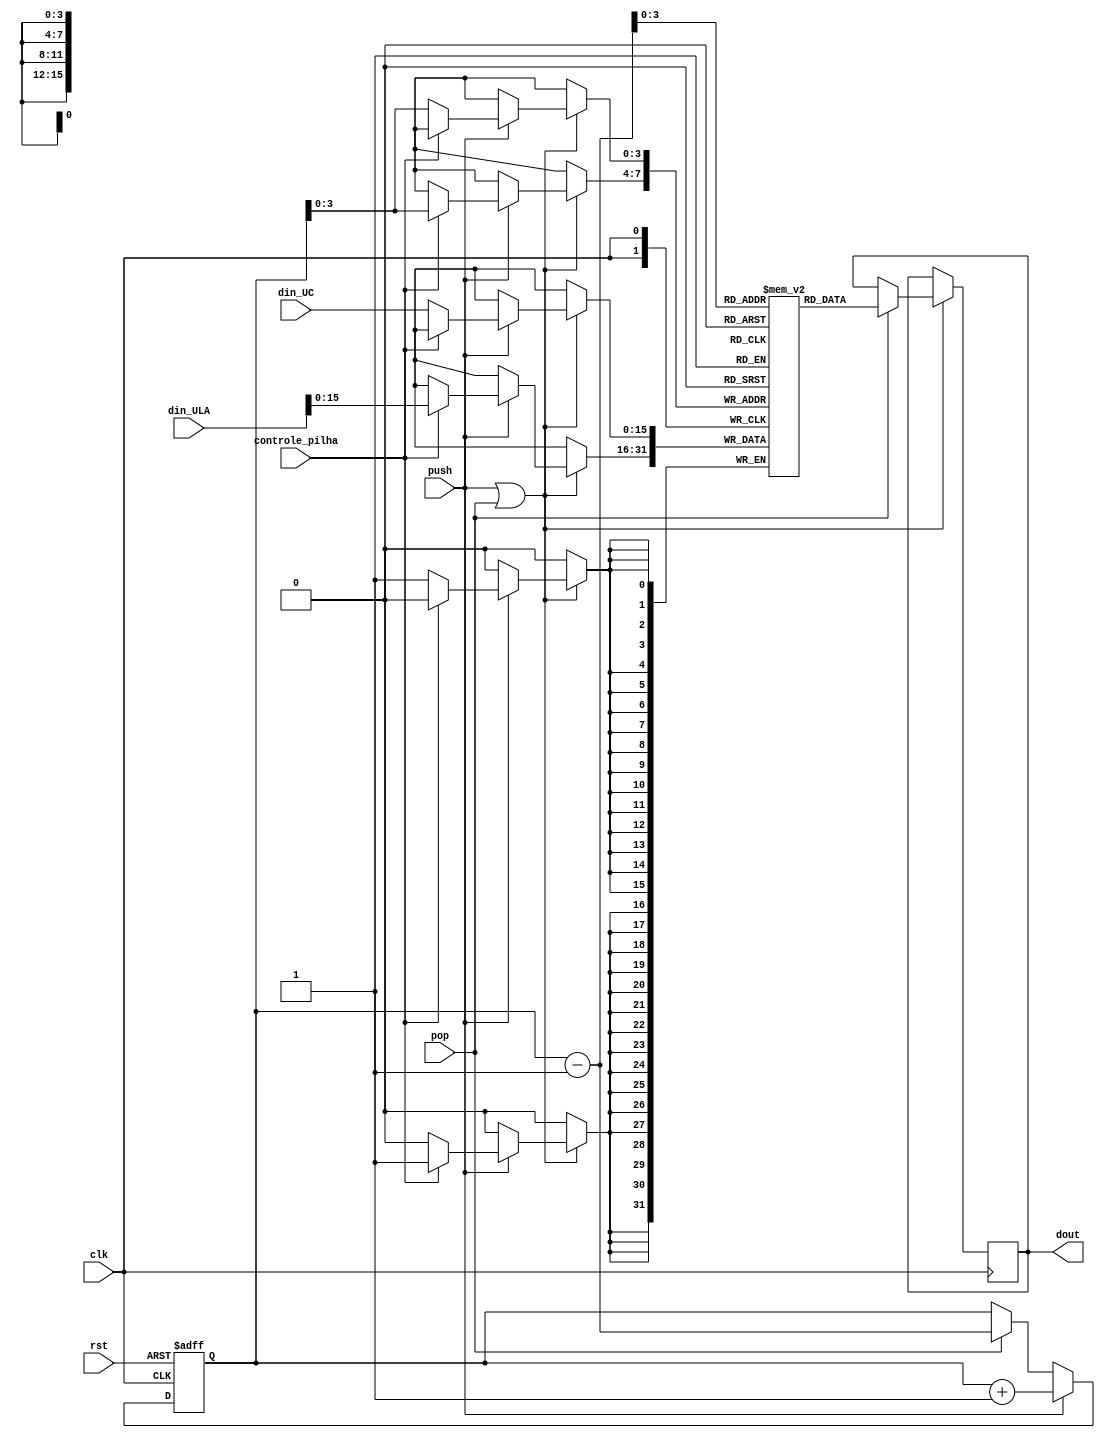
module Pilha (clk, rst, push, pop, controle_pilha, din_ULA, din_UC, dout);

// Largura da pilha = 16 e profundidade = 16

input clk;
input rst;
input push;
input pop;
input controle_pilha;
input [15:0] din_UC;
input [31:0] din_ULA;

output [15:0] dout;

reg [15:0] pilha[15:0]; // memria
reg [15:0] indice;	// topo da pilha
reg [15:0] dout, prox_dout;


always @(posedge clk or posedge rst)
begin
    if (rst)
        indice <= 1'b0;
    else if (push)
        indice <= indice + 1'b1;
    else if (pop)
        indice <= indice - 1'b1;
end

always @(posedge clk) 
begin
    if (push || pop) begin
        if(push)
            if (controle_pilha == 0)
                begin
                    pilha[indice] <= din_UC;
                end
            else
                begin
                    pilha[indice] <= din_ULA;
                end
            
        if (pop == 1)  // ler
        begin
            dout <= pilha[indice - 1'b1];
        end
    end
end


endmodule